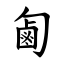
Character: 㔪